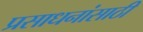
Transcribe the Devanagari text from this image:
प्रसाधनांसाठी